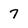
Character: 7